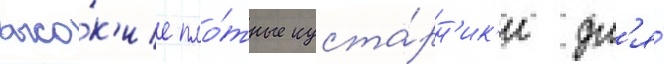
высо́к'ие пло́тные куста́рн'ик'и дл'я́